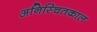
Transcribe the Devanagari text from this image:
अनिस्चितकाल